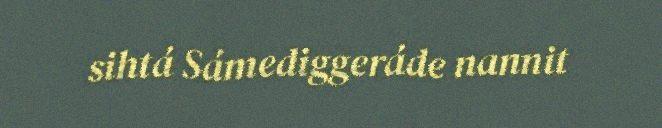
sihtá Sámediggeráde nannit